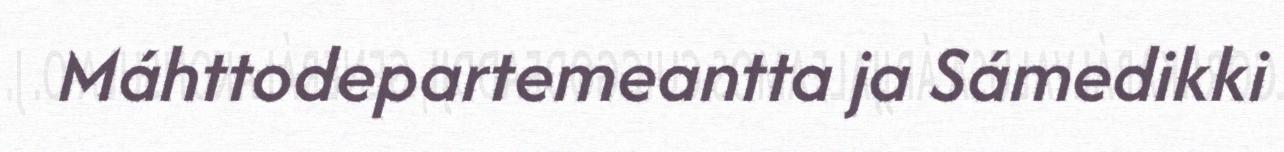
Máhttodepartemeantta ja Sámedikki